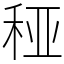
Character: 䅉